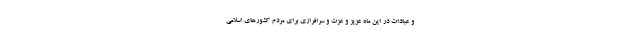
و عبادات در این ماه عزیز و عزت و سرافرازی برای مردم کشورهای اسلامی